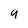
Character: g